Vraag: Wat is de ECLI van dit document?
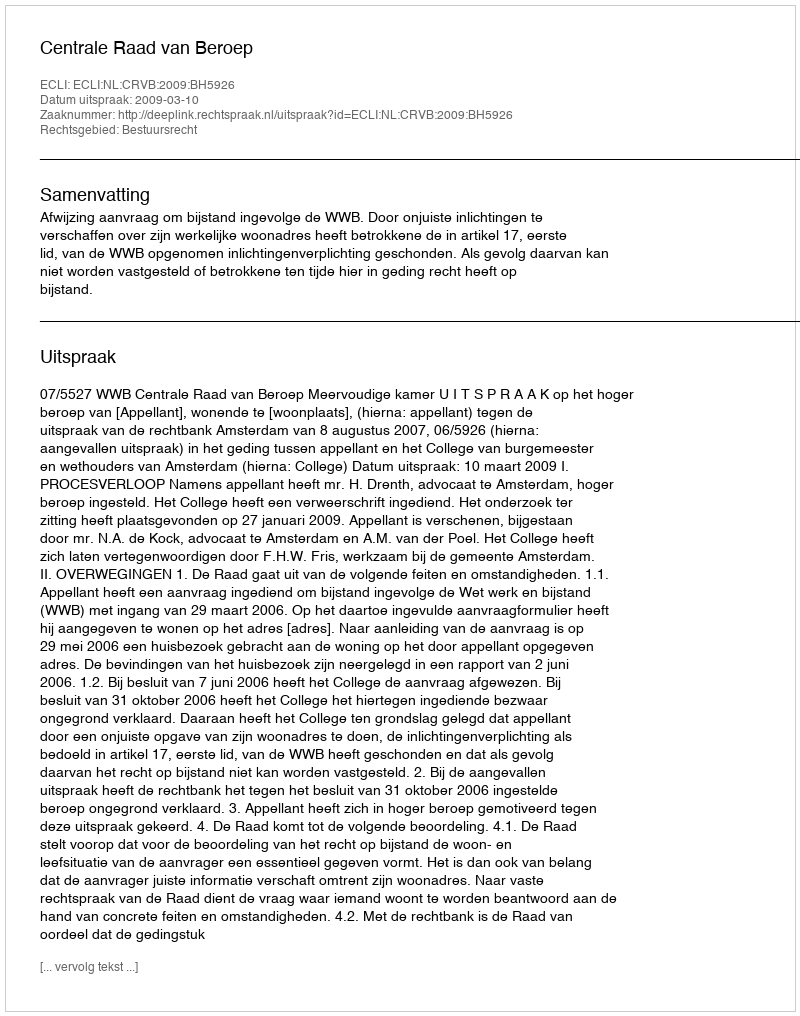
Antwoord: ECLI:NL:CRVB:2009:BH5926